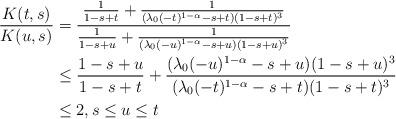
LaTeX: \begin{align*} \frac{K(t,s)}{K(u,s)}&=\frac{\frac{1}{1-s+t}+\frac{1}{(\lambda_{0}(-t)^{1-\alpha}-s+t)(1-s+t)^{3}}}{\frac{1}{1-s+u}+\frac{1}{(\lambda_{0}(-u)^{1-\alpha}-s+u)(1-s+u)^{3}}}\\&\leq \frac{1-s+u}{1-s+t} + \frac{(\lambda_{0}(-u)^{1-\alpha}-s+u)(1-s+u)^{3}}{(\lambda_{0}(-t)^{1-\alpha}-s+t)(1-s+t)^{3}}\\&\leq 2, s \leq u \leq t \end{align*}